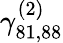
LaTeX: \gamma_{81,88}^{(2)}